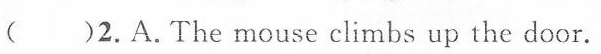
( )2.A.The mouse climbs up the door.